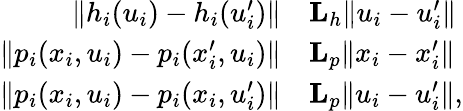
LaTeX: \begin{array}{rl}{\| h_{i}(u_{i})-h_{i}(u_{i}^{\prime})\| }&{\le L_{h}\| u_{i}-u_{i}^{\prime}\| }\\ {\| p_{i}(x_{i},u_{i})-p_{i}(x_{i}^{\prime},u_{i})\| }&{\le L_{p}\| x_{i}-x_{i}^{\prime}\| }\\ {\| p_{i}(x_{i},u_{i})-p_{i}(x_{i},u_{i}^{\prime})\| }&{\le L_{p}\| u_{i}-u_{i}^{\prime}\| ,}\end{array}